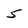
Character: 5